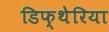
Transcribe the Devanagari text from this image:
डिफ्थेरिया